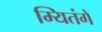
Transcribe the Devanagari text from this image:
म्यितंगे